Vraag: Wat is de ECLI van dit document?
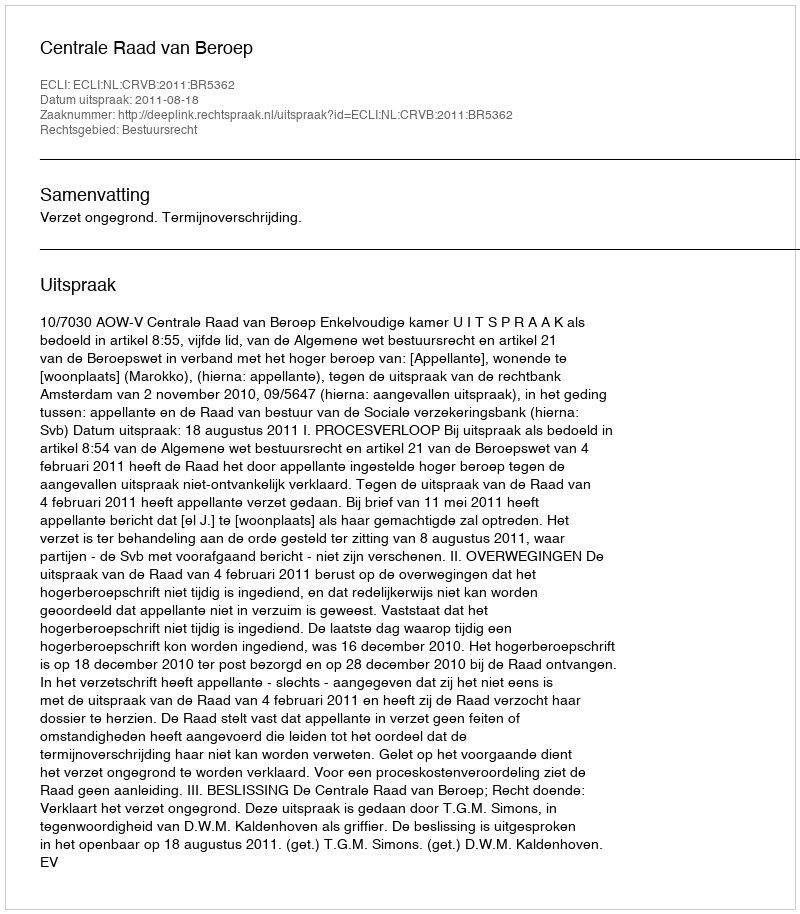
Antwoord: ECLI:NL:CRVB:2011:BR5362